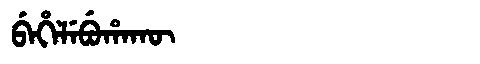
Manchu: ᠪᡝᡥᡝᠯᡝᠪᡠᡥᠠᡴᡡ
Romanization: BEHELEBUHAKŪ